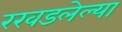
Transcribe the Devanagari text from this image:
रखडलेल्या